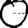
Digit: 0